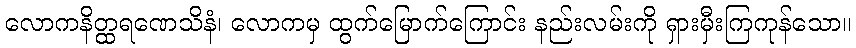
လောကနိတ္ထရဏေသိနံ၊ လောကမှ ထွက်မြောက်ကြောင်း နည်းလမ်းကို ရှားမှီးကြကုန်သော။